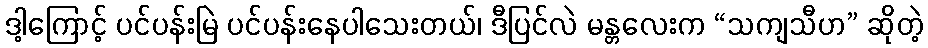
ဒါ့ကြောင့် ပင်ပန်းမြဲ ပင်ပန်းနေပါသေးတယ်၊ ဒီပြင်လဲ မန္တလေးက “သကျသီဟ” ဆိုတဲ့